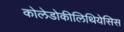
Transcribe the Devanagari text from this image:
कोलेडोकीलिथियेसिस